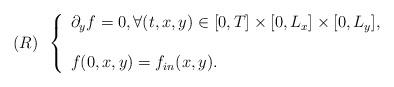
LaTeX: \begin{align*}(R)\,\,\,\left\lbrace\begin{array}{ll} \partial_y f = 0, \forall(t,x,y) \in [0,T] \times [0, L_x] \times [0,L_y], \\ \\f(0,x,y) = f_{in}(x,y).\end{array}\right.\end{align*}